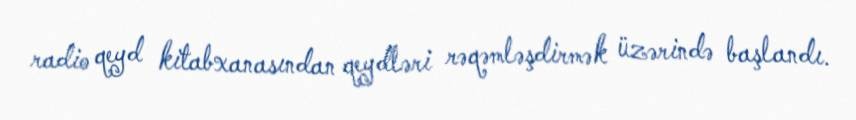
radio qeyd kitabxanasından qeydləri rəqəmləşdirmək üzərində başlandı.